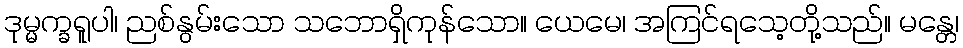
ဒုမ္မက္ခရူပါ၊ ညစ်နွမ်းသော သဘောရှိကုန်သော။ ယေမေ၊ အကြင်ရသေ့တို့သည်။ မန္တေ၊